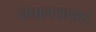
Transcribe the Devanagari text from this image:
नेपालयात्रा।